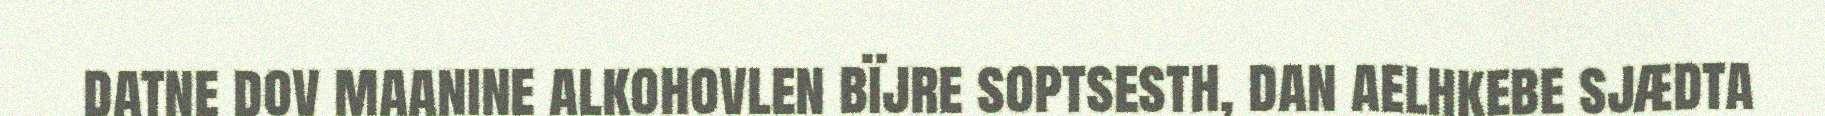
datne dov maanine alkohovlen bïjre soptsesth, dan aelhkebe sjædta